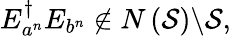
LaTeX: E_{a^{n}}^{\dagger}E_{b^{n}}\notin N\left({\mathcal{S}}\right)\backslash{\mathcal{S}},